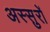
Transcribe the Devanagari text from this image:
अस्सुरों